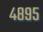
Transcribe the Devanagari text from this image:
४८९५